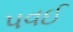
પવઈ